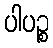
ပါပဉ္စ